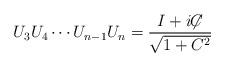
LaTeX: \begin{align*} U_3 U_4 \cdots U_{n-1} U_n = {I + i{\not\!\! C} \over \sqrt{1+C^2}}\end{align*}